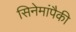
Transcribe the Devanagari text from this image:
सिनेमांपैकी